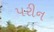
પરીન